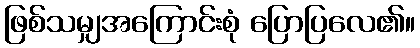
ဖြစ်သမျှအကြောင်းစုံ ပြောပြလေ၏။